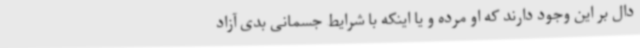
دال بر این وجود دارند که او مرده و یا اینکه با شرایط جسمانی بدی آزاد